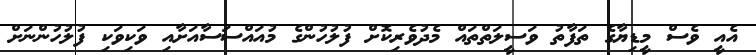
އެއީ ވެސް މީޑިޔާގެ ތަފާތު ވަސީލަތްތައް މެދުވެރިކޮށް ފުލުހުންގެ މުއައްސަސާއަށާއި ވަކިވަކި ފުލުހުންނަށް